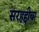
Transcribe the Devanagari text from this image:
सरहद्दीचा